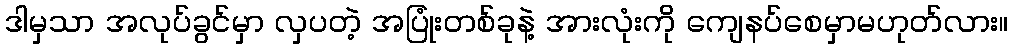
ဒါမှသာ အလုပ်ခွင်မှာ လှပတဲ့ အပြုံးတစ်ခုနဲ့ အားလုံးကို ကျေနပ်စေမှာမဟုတ်လား။